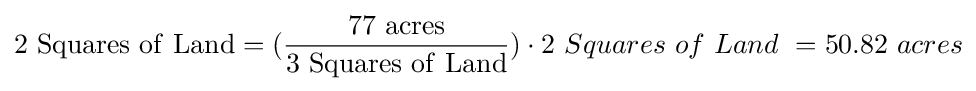
\mathrm {2\ Squares\ of\ Land} =({\frac {\mathrm {77\ acres} }{\mathrm {3\ Squares\ of\ Land} }})\cdot 2\ Squares\ of\ Land\ =50.82\ acres